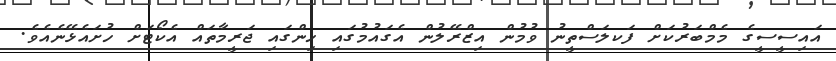
އައިސީސީގެ މެމްބަރުކަށް ފަކލަސްތީނު ވުމުން އިޒްރޭލުން އެގައުމުގައި ހިންގައި ޖަރީމާތައް އެކޯޓަށް ހުށައެޅޭނެއެވެ.